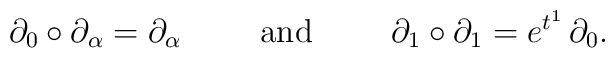
\partial_0 \circ \partial_\alpha = \partial_\alpha        \hspace{1cm} \mbox{and} \hspace{1cm}        \partial_1 \circ \partial_1 = e^{t^1} \, \partial_0.